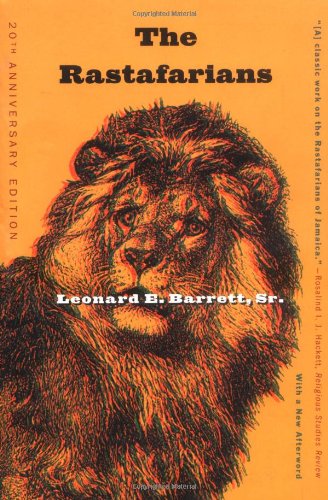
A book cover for The Rastafarians: Twentieth Anniversary Edition; Leonard E. Barrett; Religion & Spirituality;